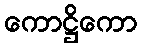
ကောဋ္ဌိကော